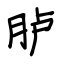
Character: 胪